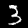
Digit: 3